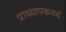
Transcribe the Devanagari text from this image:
प्राध्यापकवर्ग